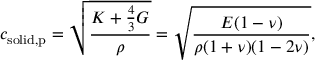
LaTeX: c _ { \mathrm { s o l i d , p } } = { \sqrt { \frac { K + { \frac { 4 } { 3 } } G } { \rho } } } = { \sqrt { \frac { E ( 1 - \nu ) } { \rho ( 1 + \nu ) ( 1 - 2 \nu ) } } } ,